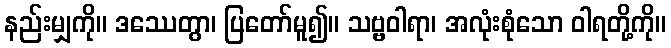
နည်းမျှကို။ ဒဿေတွာ၊ ပြတော်မူ၍။ သဗ္ဗဝါရာ၊ အလုံးစုံသော ဝါရတို့ကို။